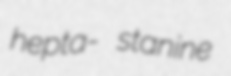
hepta- stanine